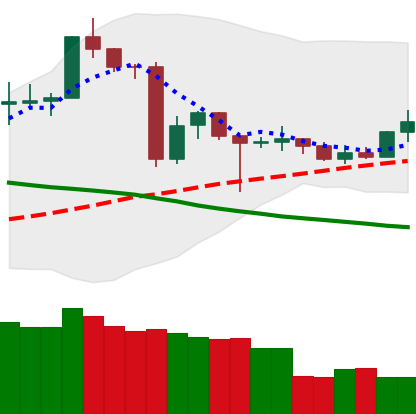
Ticker: TRX-USD
Chart end date: 2020-06-23
Forward return: -4.297%
Label: down_3_5